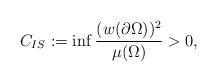
LaTeX: \begin{align*}C_{IS}:=\inf\frac{(w(\partial \Omega))^2}{\mu(\Omega)}>0,\end{align*}